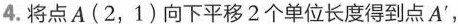
4.将点A(2，1)向下平移2个单位长度得到点A'，